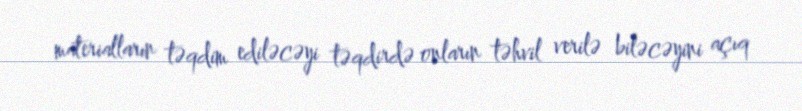
materialların təqdim ediləcəyi təqdirdə onların təhvil verilə biləcəyini açıq